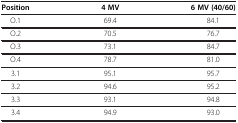
| Position | 4 MV | 6 MV (40/60) |
 | --- | --- | --- |
 | O.1 | 69.4 | 84.1 |
 | O.2 | 70.5 | 76.7 |
 | O.3 | 73.1 | 84.7 |
 | O.4 | 78.7 | 81.0 |
 | 3.1 | 95.1 | 95.7 |
 | 3.2 | 94.6 | 95.2 |
 | 3.3 | 93.1 | 94.8 |
 | 3.4 | 94.9 | 93.0 |